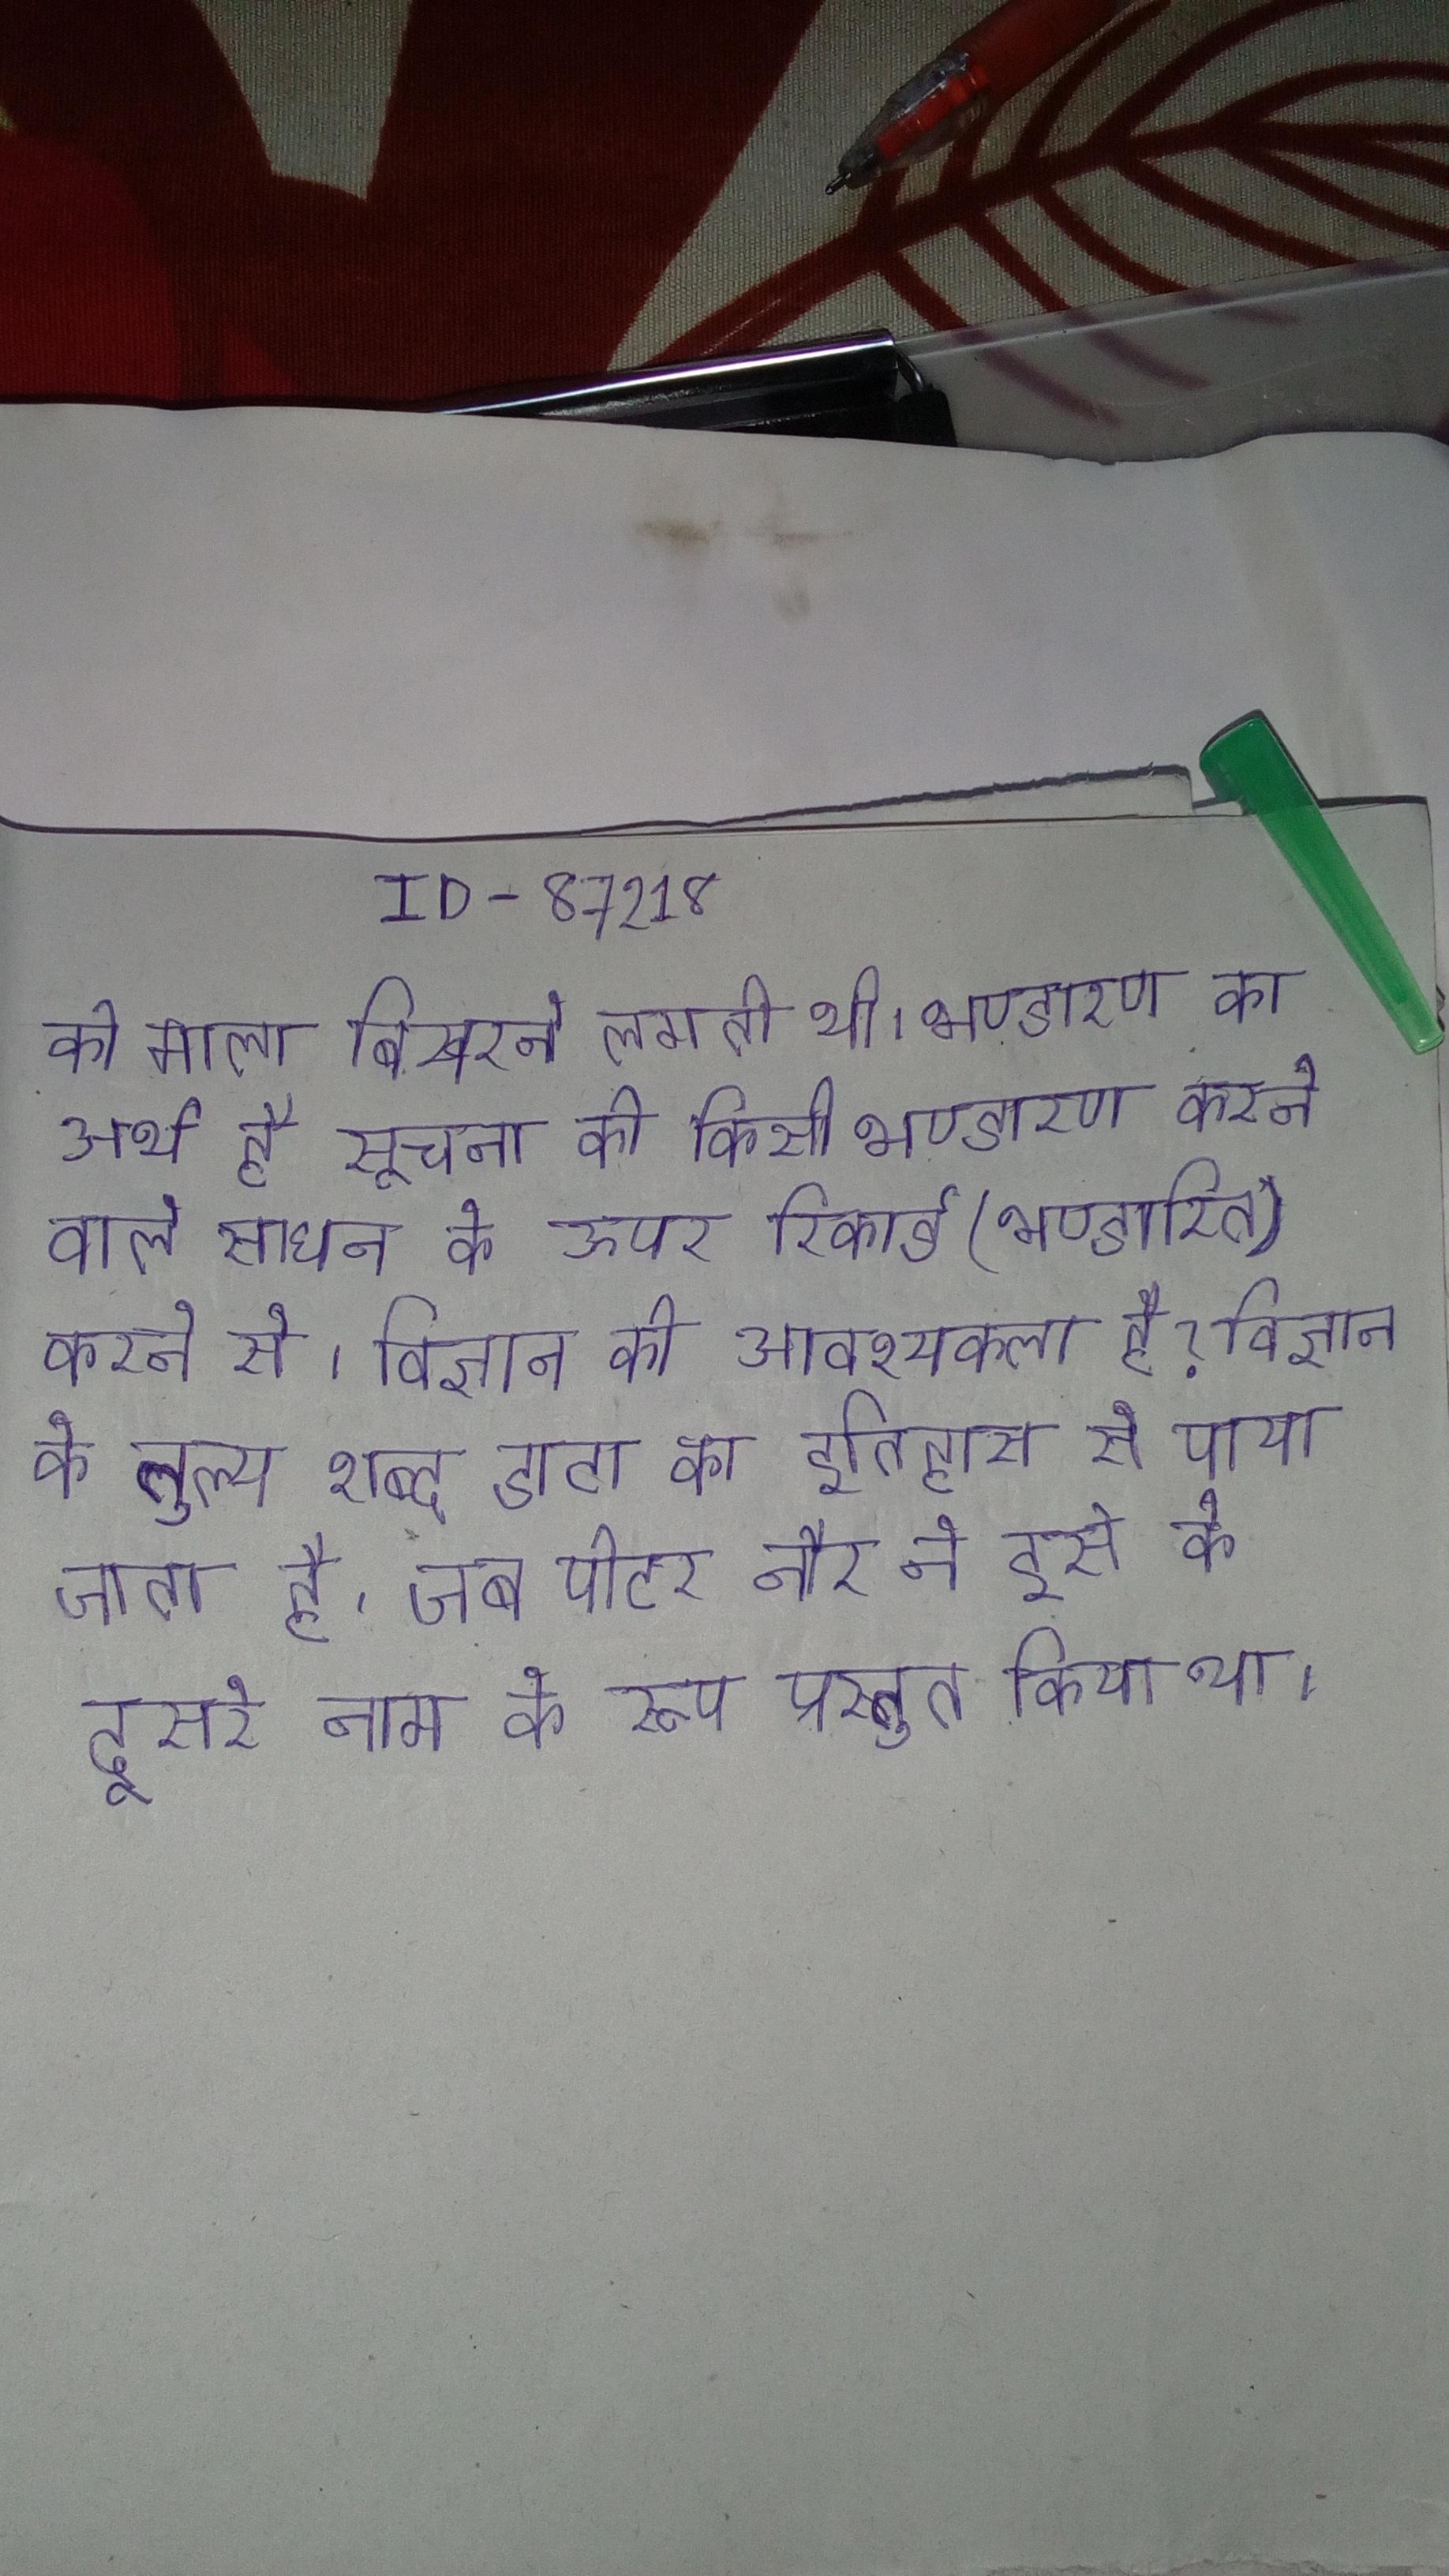
की माला बिखरने लगती थी । भण्डारण का अर्थ है सूचना को किसी भण्डारण करने वाले साधन के ऊपर रिकार्ड (भण्डारित) करने से । विज्ञान की आवश्यकता है? विज्ञान के तुल्य शब्द डाटा का इतिहास से पाया जाता है, जब पीटर नौर ने इसे के दूसरे नाम के रूप प्रस्तुत किया था ।